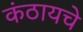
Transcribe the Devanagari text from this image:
कंठायचे